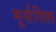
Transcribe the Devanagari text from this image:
मूर्सविल